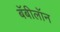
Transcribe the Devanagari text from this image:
बॅबीलॉन